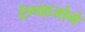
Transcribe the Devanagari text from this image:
देण्याजोगे